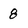
Character: 8